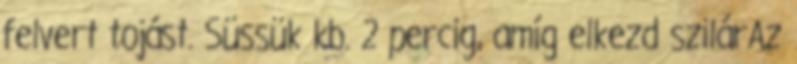
felvert tojást. Süssük kb. 2 percig, amíg elkezd szilárAz